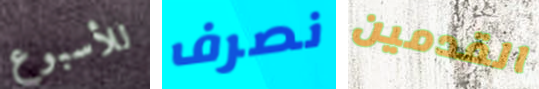
للأسبوع نصرف القدمين